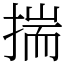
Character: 揣